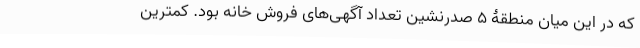
که در این میان منطقۀ ۵ صدرنشین تعداد آگهی‌های فروش خانه بود. کمترین